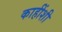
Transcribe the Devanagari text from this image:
काहींशी